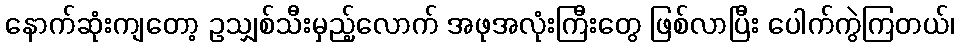
နောက်ဆုံးကျတော့ ဥသျှစ်သီးမှည့်လောက် အဖုအလုံးကြီးတွေ ဖြစ်လာပြီး ပေါက်ကွဲကြတယ်၊